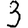
Digit: 3